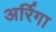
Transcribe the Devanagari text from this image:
अर्रिगा